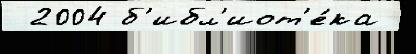
 2004 б'ибл'иот'е́ка